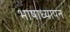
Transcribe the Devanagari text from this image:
भाषाध्यापन